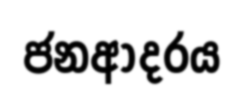
ජනආදරය